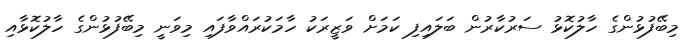
މިބޭފުޅުންގެ ހާލުކޮޅު ސަރުކާރުން ބަލައިފި ކަމަށް ވަޒީރަކު ހާމަކުރައްވާފައި މިވަނީ މިބޭފުޅުންގެ ހާލުކޮޅާއި